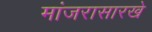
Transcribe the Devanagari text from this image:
मांजरासारखे